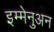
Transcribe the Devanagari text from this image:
इम्मेनुअन